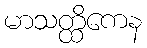
မာသတ္ထိကေန